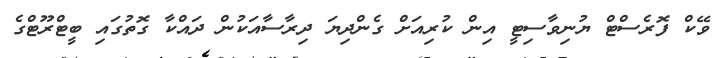
ވޭކް ފޮރެސްޓް ޔުނިވާސިޓީ އިން ކުރިއަށް ގެންދިޔަ ދިރާސާއަކުން ދައްކާ ގޮތުގައި ބީޓްރޫޓްގެ